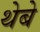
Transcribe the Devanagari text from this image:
थेबे